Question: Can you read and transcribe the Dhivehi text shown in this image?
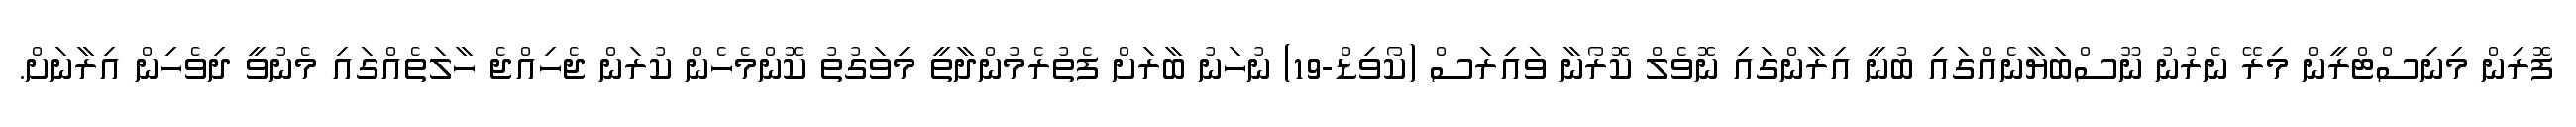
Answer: ފޮރިން މިނިސްޓްރީން މިރޭ ނެރުނު ނޫސްބަޔާނެއްގައި ބުނީ އިރާންގައި ނޮވެލް ކޮރޯނާ ވައިރަސް (ކޯވިޑް-19) ނުހަނު ބާރަށް ފެތުރެމުންދާތީ މިވަގުތު ކޮންމެހެން ކުރަން ޖެހިއްޖެ ހާލަތެއްގައި މެނުވީ ދިވެހިން އިރާނަށް.